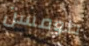
طومسن